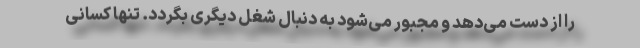
را از دست می‌دهد و مجبور می‌شود به دنبال شغل دیگری بگردد. تنها کسانی